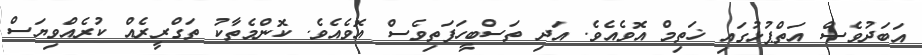
އަބަދުވެސް އަތްޕުޅުގައި ޚަތިމް އޮވެއެވެ. އަދި ތަސްބީހަފަތިވެސް އޮވެއެވެ. ކޮންމެތާކު ތަގްރީރެއް ކުރެއްވިޔަސް